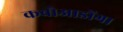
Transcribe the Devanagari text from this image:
कवोआडोंगा